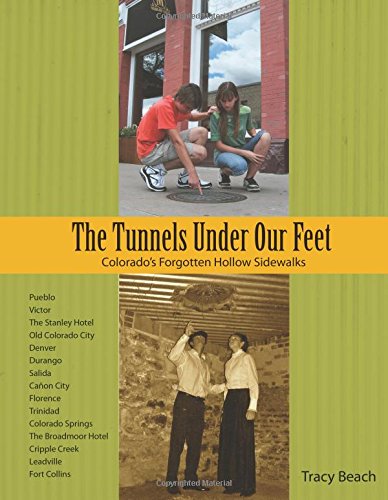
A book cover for The Tunnels Under Our Feet; Tracy Beach; Arts & Photography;